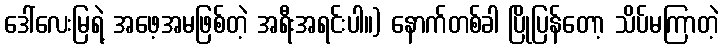
ဒေါ်လေးမြရဲ့ အဖေ့အမဖြစ်တဲ့ အရီးအရင်းပါ။) နောက်တစ်ခါ ပြိုပြန်တော့ သိပ်မကြာတဲ့